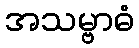
အသမ္ဗာဓံ